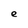
Character: e